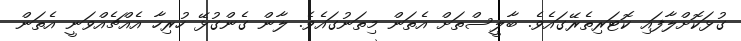
ގުޅަކޮށްލާފައި ކޮޓަރިތެރޭގައެވެ. ބާލީސްތަށް އެތަން މިތަނުގައެވެ. ލާން ގެންގުޅޭ ހުރިހާ އެއްޗެއްވަނީ އެތަން